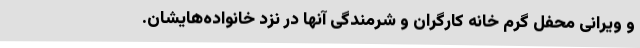
و ویرانی محفل گرم خانه کارگران و شرمندگی آنها در نزد خانواده‌هایشان.